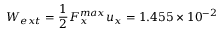
W _ { e x t } = \frac 1 2 F _ { x } ^ { m a x } u _ { x } = 1 . 4 5 5 \times 1 0 ^ { - 2 }